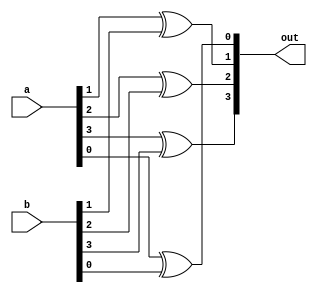
`timescale 1ns / 1ps

module four_xor(a, b, out);

input [3:0]a;
input [3:0]b;
output [3:0]out;

xor  zero(out[0], a[0], b[0]);
xor one(out[1], a[1], b[1]);
xor two(out[2], a[2], b[2]);
xor three(out[3], a[3], b[3]);

endmodule
// When 0000 and 0000 at end, get 1111. Why?